Scientific memoirs by medical officers of the Army of India - Part III,
Year: 1887
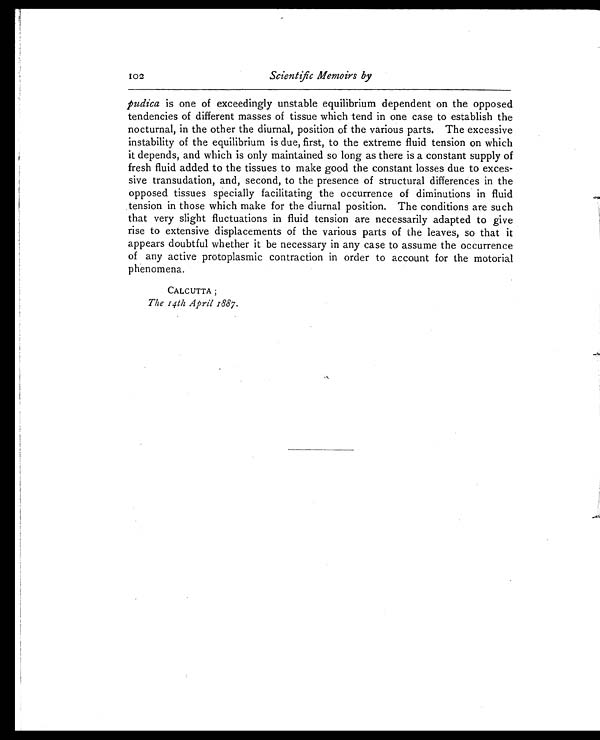
Scientific Memoirs by
pudica is one of exceedingly unstable equilibrium dependent on the opposed
tendencies of different masses of tissue which tend in one case to establish the
nocturnal, in the other the diurnal, position of the various parts. The excessive
instability of the equilibrium is due, first, to the extreme fluid tension on which
it depends, and which is only maintained so long as there is a constant supply of
fresh fluid added to the tissues to make good the constant losses due to exces-
sive transudation, and, second, to the presence of structural differences in the
opposed tissues specially facilitating the occurrence of diminutions in fluid
tension in those which make for the diurnal position. The conditions are such
that very slight fluctuations in fluid tension are necessarily adapted to give
rise to extensive displacements of the various parts of the leaves, so that it
appears doubtful whether it be necessary in any case to assume the occurrence
of any active protoplasmic contraction in order to account for the motorial
phenomena.
CALCUTTA ;
The 14th April 1887.
102